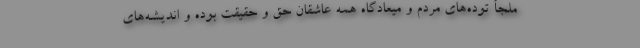
ملجأ توده‌های مردم و میعادگاه همه عاشقان حق و حقیقت بوده و اندیشه‌های